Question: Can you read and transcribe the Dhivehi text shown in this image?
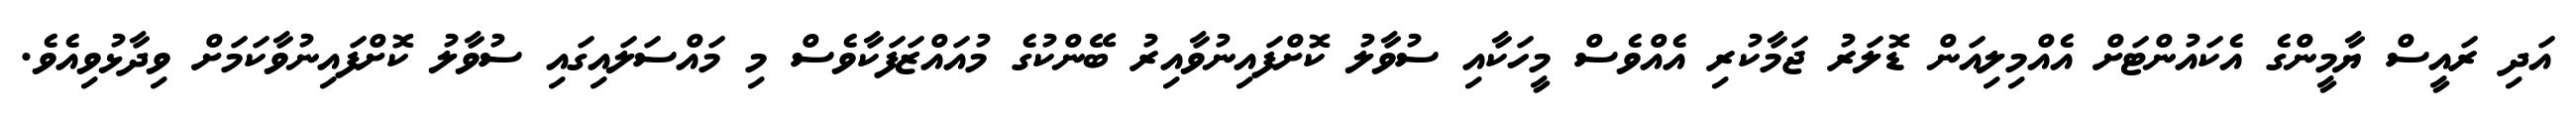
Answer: އަދި ރައީސް ޔާމީންގެ އެކައުންޓަށް އެއްމިލިއަން ޑޮލަރު ޖަމާކުރި އެއްވެސް މީހަކާއި ސުވާލު ކޮށްފައިނުވާއިރު ބޭންކުގެ މުއައްޒަފަކާވެސް މި މައްސަލައިގައި ސުވާލު ކޮށްފައިނުވާކަމަށް ވިދާޅުވިއެވެ.